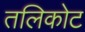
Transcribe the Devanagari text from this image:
तलिकोट